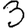
Digit: 3